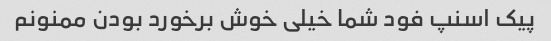
پیک اسنپ فود شما خیلی خوش برخورد بودن ممنونم